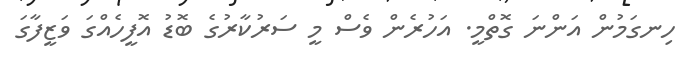
ހިނގަމުން އަންނަ ގޮތްމީ. އަހުރެން ވެސް މީ ސަރުކާރުގެ ބޮޑު އޮފީހެއްގަ ވަޒީފާގަ